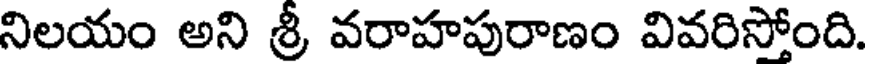
నిలయం అని శ్రీ వరాహపురాణం వివరిసోంది.